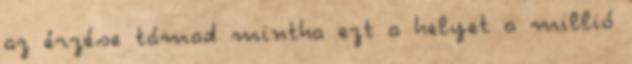
az érzése támad mintha ezt a helyet a millió